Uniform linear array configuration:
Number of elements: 12
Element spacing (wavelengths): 0.75
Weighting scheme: hamming
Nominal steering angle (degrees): -45
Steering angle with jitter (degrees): -45.448
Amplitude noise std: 0.05
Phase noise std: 0.05

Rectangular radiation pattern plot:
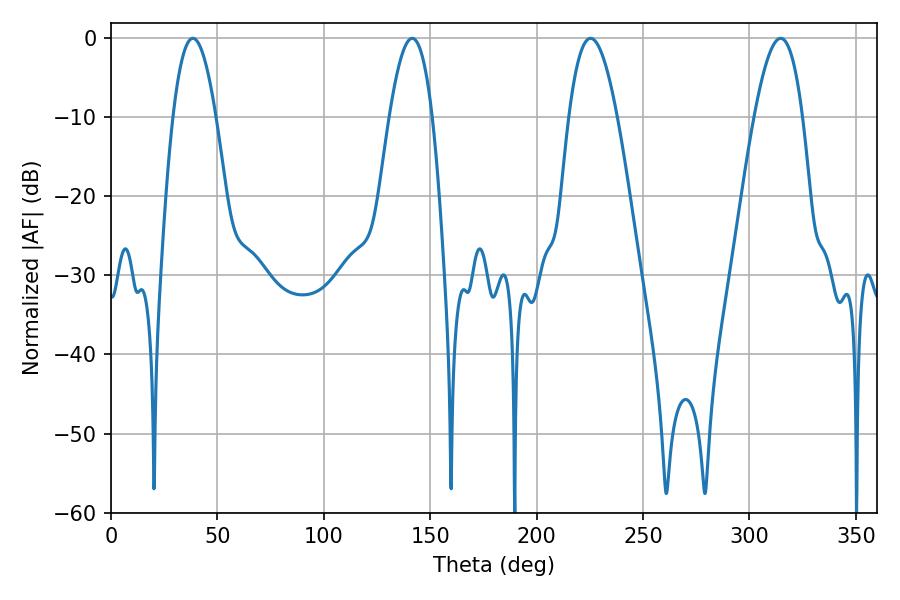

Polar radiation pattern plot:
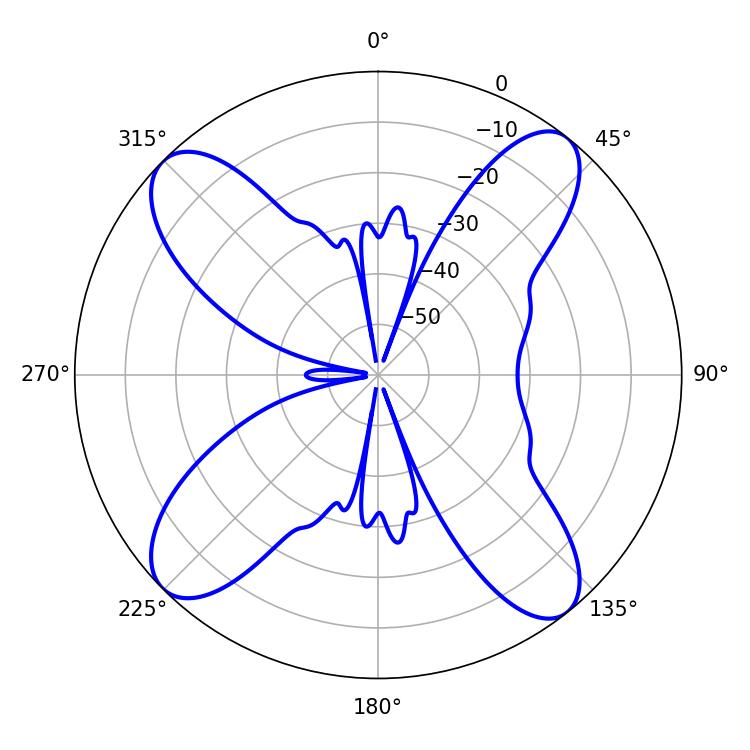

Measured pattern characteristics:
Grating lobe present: TRUE
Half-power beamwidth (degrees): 12.42
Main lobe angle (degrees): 225.36